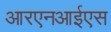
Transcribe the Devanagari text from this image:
आरएनआईएस